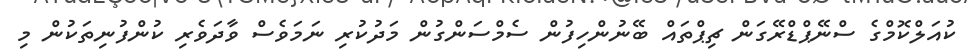
ކުއަލްކޮމްގެ ސްނޭޕްޑްރޭގަން ޗިޕްތައް ބޭނުންހިފުން ސެމްސަންގުން މަދުކުރި ނަމަވެސް ވާދަވެރި ކުންފުނިތަކުން މި